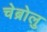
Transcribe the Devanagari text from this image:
चेब्रोलु